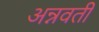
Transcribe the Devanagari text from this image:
अन्नवती